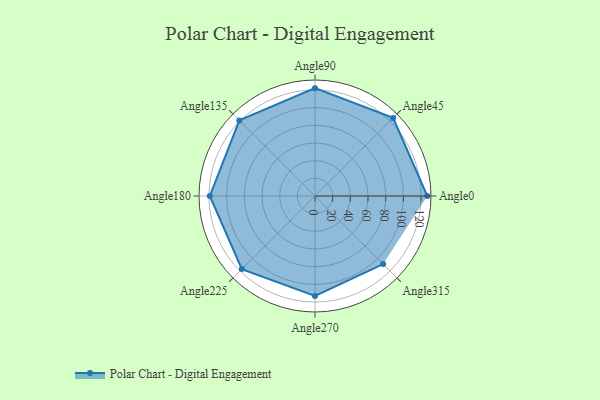
{"axis": {"x": "Angle", "y": "Radius"}, "legend": [""], "data": [{"x": "Angle0", "y": 127.0, "type": ""}, {"x": "Angle45", "y": 125.0, "type": ""}, {"x": "Angle90", "y": 122.0, "type": ""}, {"x": "Angle135", "y": 121.0, "type": ""}, {"x": "Angle180", "y": 119.0, "type": ""}, {"x": "Angle225", "y": 117.0, "type": ""}, {"x": "Angle270", "y": 113.0, "type": ""}, {"x": "Angle315", "y": 109.0, "type": ""}]}